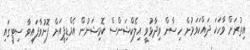
އިތުރަށް ވާހަކަ ދައްކަވަމުން ހިސާން ވިދާޅުވީ އިލެކްޝަންސް ކޮމިޝަނުން އެމްޑިޕީއަށް ފޮނުވާފައިވާ ސިޓީގައި